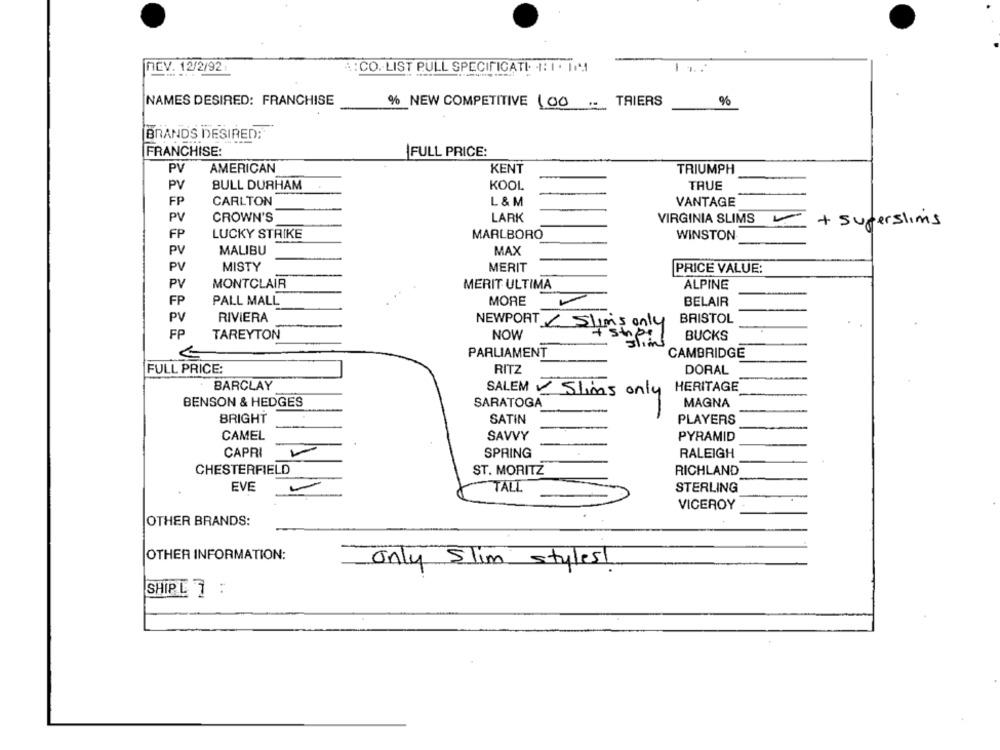
nCV. 12/2/92:
ARCO. LIST PULL SPECIFICATI -1:1 . 119
NAMES DESIRED: FRANCHISE
% NEW COMPETITIVE 100- TRIERS
%
BRANDS DESIRED:
FRANCHISE:
FULL PRICE:
PV
AMERICAN
KENT
TRIUMPH
PV
BULL DURHAM
KOOL
TRUE
FP
CARLTON
L & M
VANTAGE
PV
CROWN'S
LARK
VIRGINIA SLIMS
+ superslims
FP
LUCKY STRIKE
MARLBORO
WINSTON
PV
MALIBU
MAX
PV
MISTY
MERIT
PRICE VALUE:
PV
MONTCLAIR
MERIT ULTIMA
ALPINE
PALL MALL
MORE
FP
BELAIR
PV
RIVIERA
NEWPORT Slims only
BRISTOL
FP
TAREYTON
NOW
+ stripe
BUCKS
PARLIAMENT
CAMBRIDGE
FULL PRICE:
RITZ
DORAL
BARCLAY
SALEM Slims only HERITAGE
BENSON & HEDGES
SARATOGA
MAGNA
BRIGHT
SATIN
PLAYERS
CAMEL
SAVVY
PYRAMID
CAPRI
SPRING
RALEIGH
CHESTERFIELD
ST. MORITZ
RICHLAND
EVE
TALL
STERLING
VICEROY
OTHER BRANDS:
OTHER INFORMATION:
only Slim styles!
SHIPL 7 :